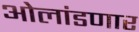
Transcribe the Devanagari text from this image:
ओलांडणार